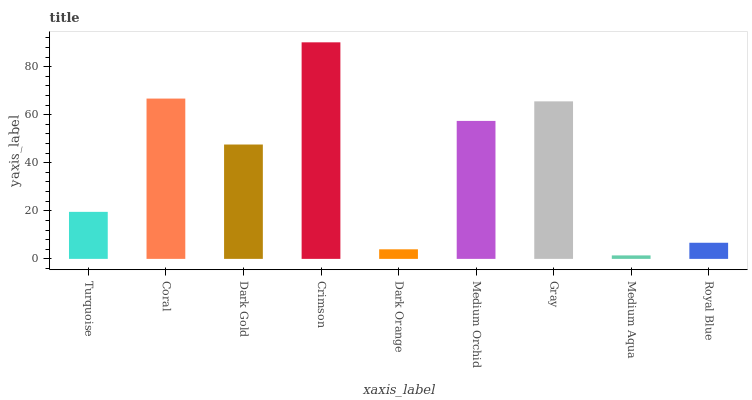
| xaxis_label | bars |
 | --- | --- |
 | Turquoise | 19.6 |
 | Coral | 66.7 |
 | Dark Gold | 47.6 |
 | Crimson | 90.1 |
 | Dark Orange | 3.98 |
 | Medium Orchid | 57.4 |
 | Gray | 65.6 |
 | Medium Aqua | 1.45 |
 | Royal Blue | 6.71 |